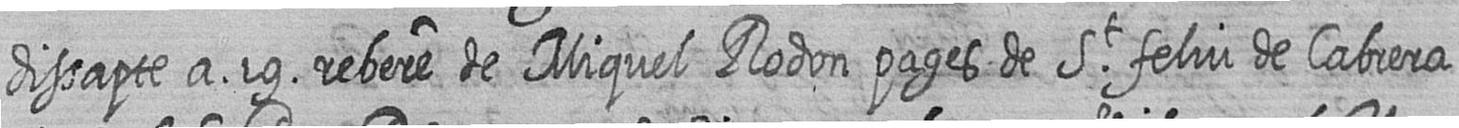
dissapte a 19 rebere de Miquel Rodon pages de St feliu de Cabrera